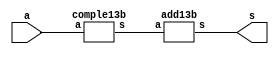
// -------------------------
// Exemplo0025  Complemento de 2 para 3 bits
// Nome: Willian Antonio dos Santos
// -------------------------
// -------------------------
// complemento de 2 para 3 bits
// -------------------------
module comple23b (output [2:0] s, input [2:0] a);
       wire [2:0] s1;
       comple13b CP11(s1, a);
       add13b ADD11(s, s1);
endmodule // comple23b
// -------------------------
// complemento de 1 - 3 bits
// -------------------------
module comple13b (output [2:0] s, input [2:0] a);
       not N1(s[0], a[0]);
       not N2(s[1], a[1]);
       not N3(s[2], a[2]);
endmodule // comple13b
// -------------------------
// Adiciona 1 em um numero de 3 bits
// -------------------------
module add13b (output [2:0] s, input [2:0] a);
       wire s1;
       not N4(s[0], a[0]);
       xor X1(s[1], a[1], a[0]);
       and A1(s1, a[1], a[0]);
       xor X2(s[2], a[2], s1);
endmodule // add13b
// Testes
module test_comple23b;
       // ------------------------- definir dados
       reg [2:0] x;
       wire [2:0] s;
       comple23b C231(s, x);
       // ------------------------- parte principal
       initial begin
               $display("Exemplo0025 - Willian Antonio dos Santos - 462020");
               $display("Teste de ALU, complemento de 2 - 3 bits\n");
               #1 $display("------------------------------------------");
               x = 0;
               $monitor("Valor: %3b | Complemento de 2: %3b", x, s);
               repeat (7) begin
                      #1 x = x + 1;
               end
               #1 $display("------------------------------------------");
       end
endmodule // test_comple23b